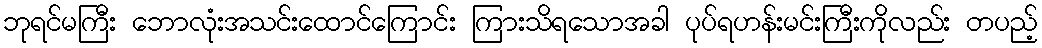
ဘုရင်မကြီး ဘောလုံးအသင်းထောင်ကြောင်း ကြားသိရသောအခါ ပုပ်ရဟန်းမင်းကြီးကိုလည်း တပည့်